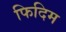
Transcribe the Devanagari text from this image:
फिदिम